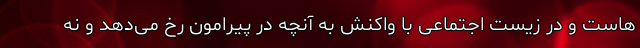
هاست و در زیست اجتماعی با واکنش به آنچه در پیرامون رخ می‌دهد و نه